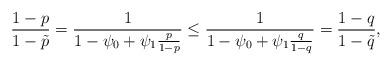
LaTeX: \begin{align*} \frac{{1 - p}}{{1 - \tilde p}} = \frac{1}{{1 - {\psi _0} + {\psi _1}\frac{p}{{1 - p}}}} \le \frac{1}{{1 - {\psi _0} + {\psi _1}\frac{q}{{1 - q}}}} = \frac{{1 - q}}{{1 - \tilde q}},\end{align*}